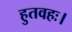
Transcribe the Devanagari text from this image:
हुतवहः।